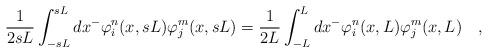
LaTeX: \begin{align*}\frac{1}{2sL}\int_{-sL}^{sL}dx^- \varphi_{i}^n(x, sL)\varphi_{j}^m(x, sL)=\frac{1}{2L}\int_{-L}^{L}dx^- \varphi_{i}^n(x, L)\varphi_{j}^m(x, L)\quad ,\end{align*}